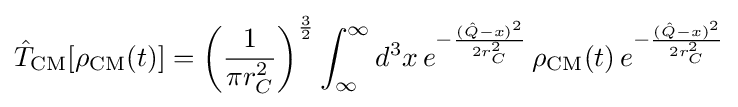
{\hat {T}}_{\mathrm {CM} }[\rho _{\mathrm {CM} }(t)]=\left({\frac {1}{\pi r_{C}^{2}}}\right)^{\frac {3}{2}}\int _{\infty }^{\infty }d^{3}x\,e^{-{\frac {({\hat {Q}}-x)^{2}}{2r_{C}^{2}}}}\,\rho _{\mathrm {CM} }(t)\,e^{-{\frac {({\hat {Q}}-x)^{2}}{2r_{C}^{2}}}}